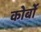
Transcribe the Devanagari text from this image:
कोर्बो